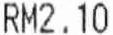
RM2.10